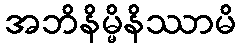
အဘိနိမ္မိနိဿာမိ